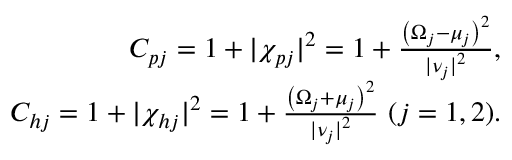
\begin{array} { r l r } & { } & { C _ { p j } = 1 + \vert \chi _ { p j } \vert ^ { 2 } = 1 + \frac { \left( \Omega _ { j } - \mu _ { j } \right) ^ { 2 } } { { \vert \nu _ { j } \vert } ^ { 2 } } , } \\ & { } & { C _ { h j } = 1 + \vert \chi _ { h j } \vert ^ { 2 } = 1 + \frac { \left( \Omega _ { j } + \mu _ { j } \right) ^ { 2 } } { { \vert \nu _ { j } \vert } ^ { 2 } } ~ ( j = 1 , 2 ) . } \end{array}